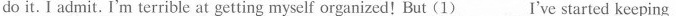
do it. I admit. I'm terrible at getting myself organized ! But \underline{(1)} I've started keeping